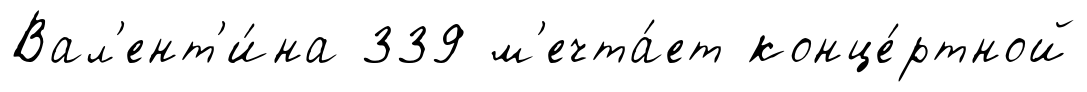
Вал'ент'и́на 339 м'ечта́ет конце́ртной